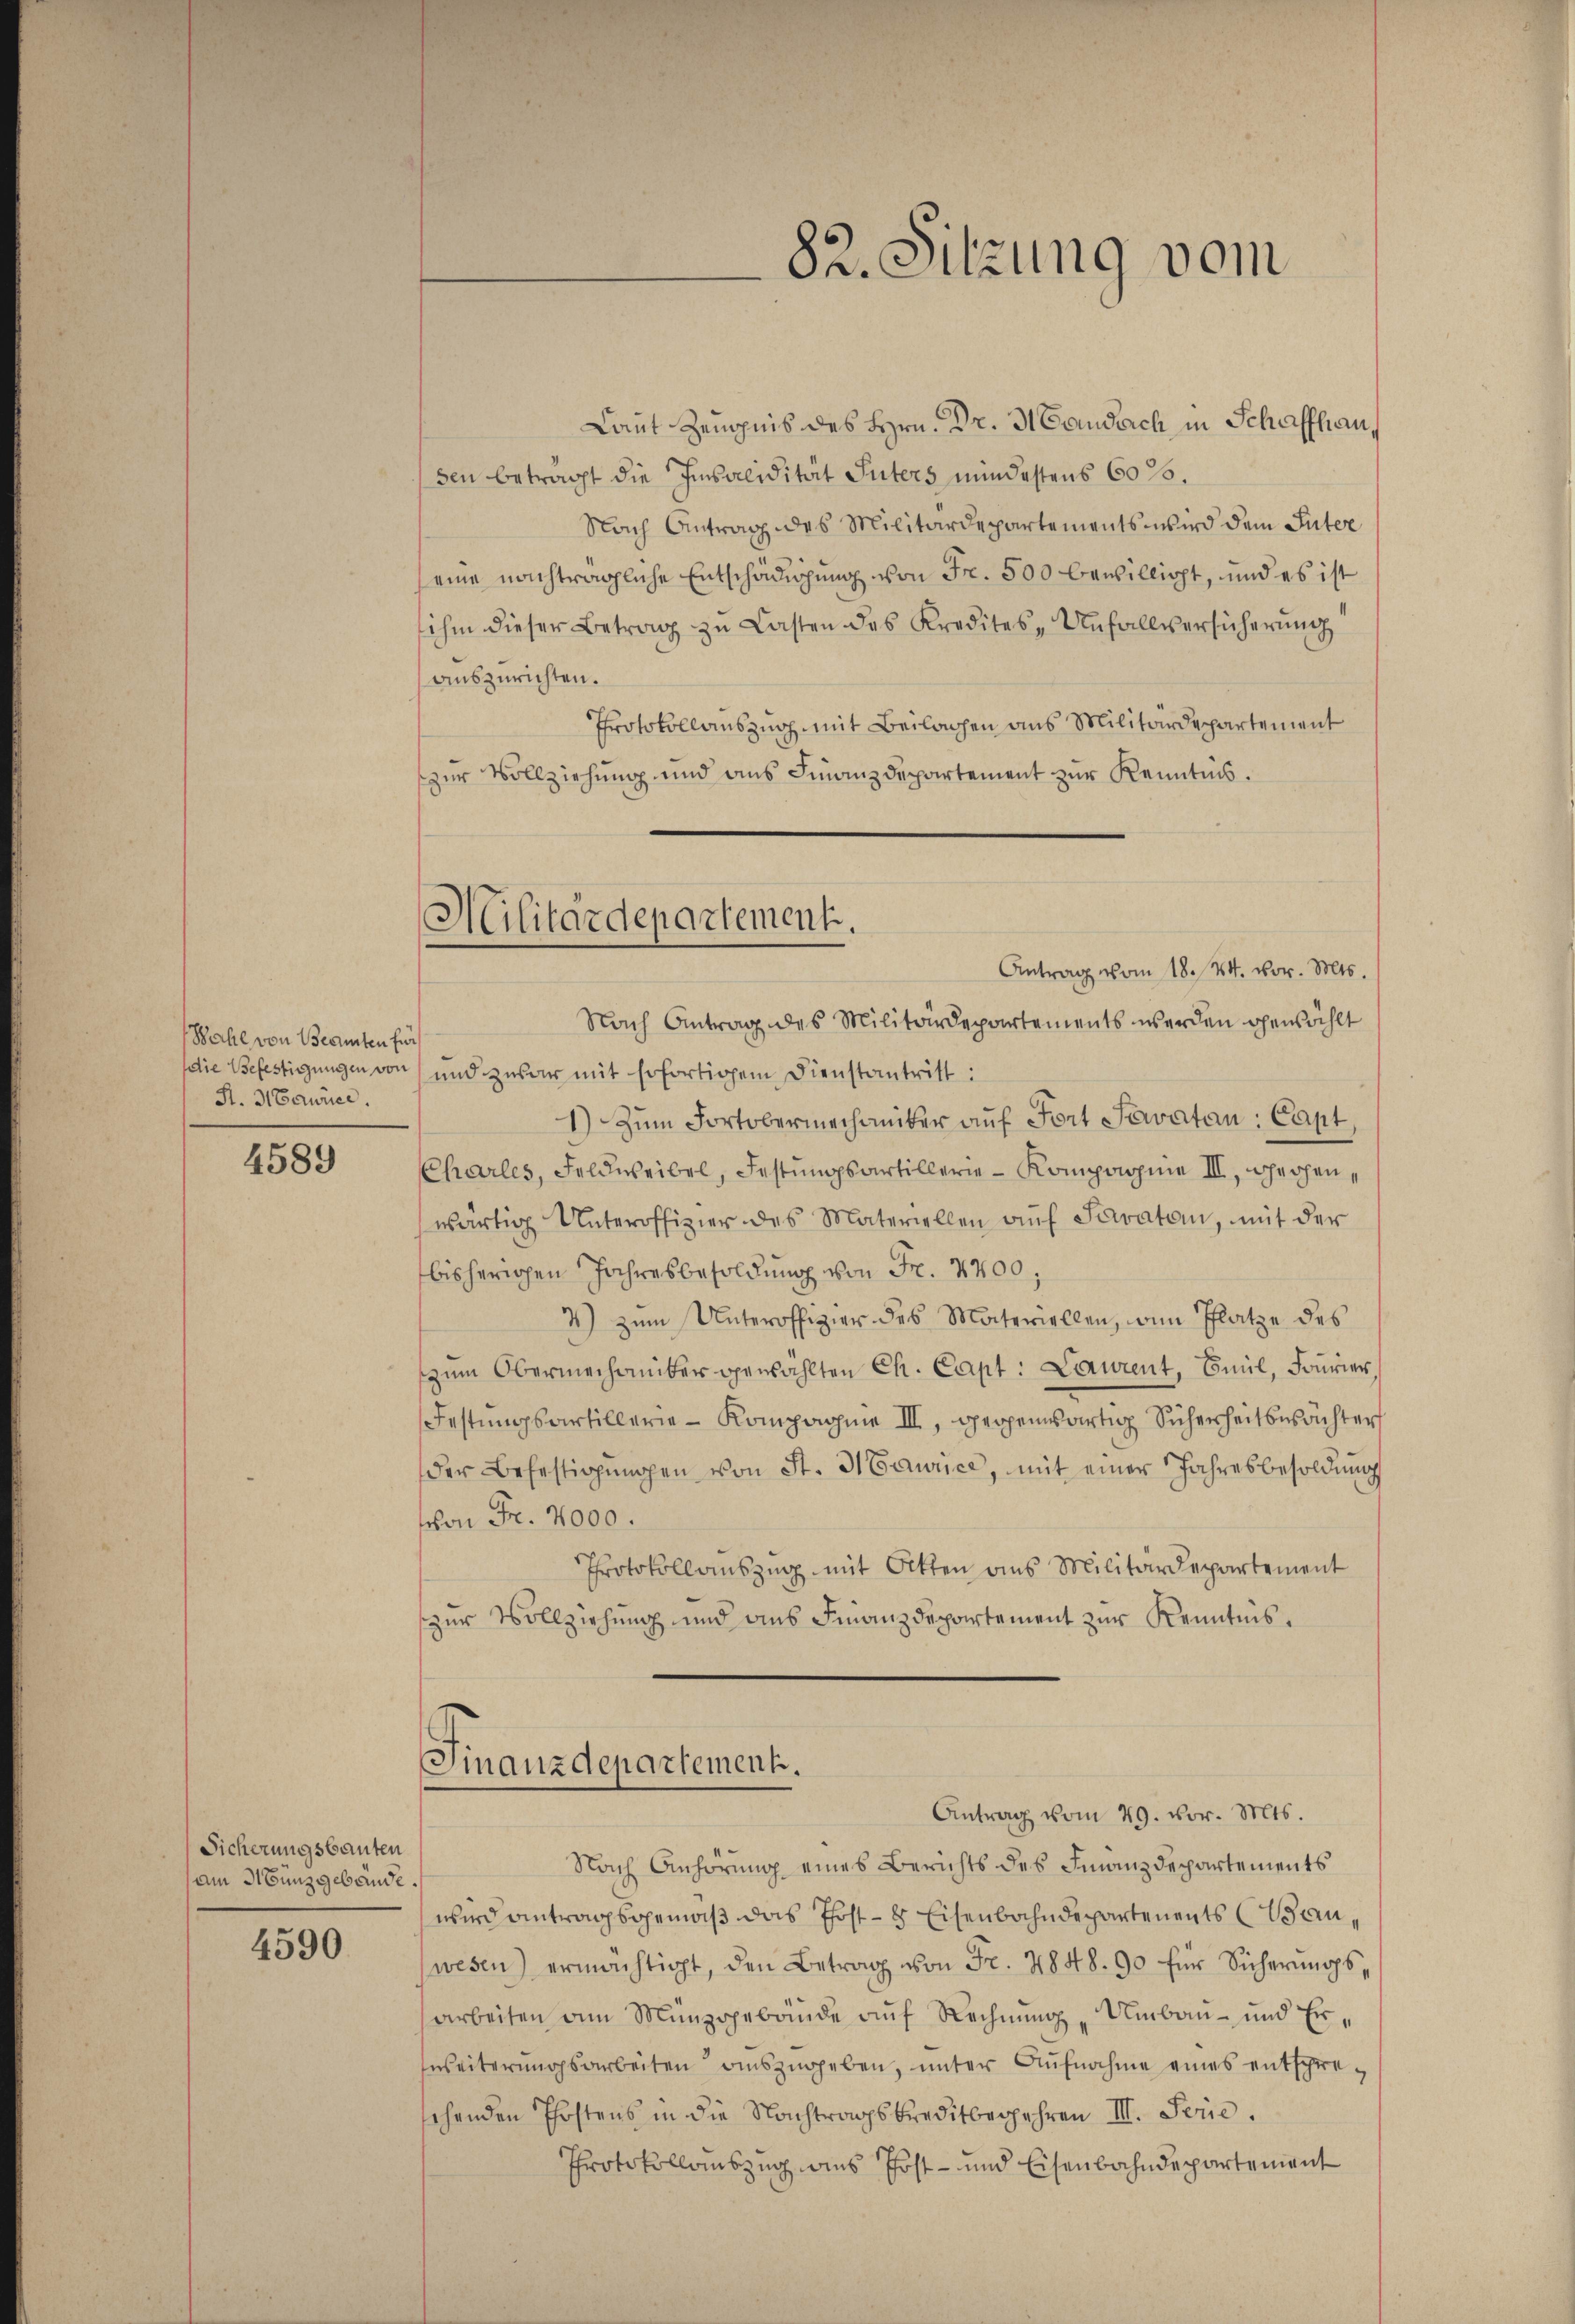
Bahl von Beamten fü
St. Maurice.

4589

Sicherungsbauten
am Münzgebunde.

4590

Militärdepartement.

Laut Zeugnis des Hrn. Dr. Handerch in Schaffhau
sen betragt die Insolidität Inters mindestens 60%.
Nach Antrag des Militärdepartements wird dem Inter
eine nachträgliche Entschädigung von Fr. 500 bewilligt, und es ist
ihm dieser Betrag zu Lasten des Kredites, Unfallversicherŭng
auszurichten.
Protokollauszug mit Beilagen aus Militärdepartement
zur Vollziehung und aus Finanzdepartement zur Kenntnis.
Antrag vom 18. 24. vor. Mts.
Nach Antrag des Militärdepartements werden gewählt
die Befestigungen von und zwar mit Erfortigem Dienstantritt:
1) Zum Fortobermechaniker auf Fort Savatan: Capt
Charles, Feldweibel, Festungsartillerie - Komprohine III, gegenwärtig Unteroffizier des Materiellen aŭf Saraten, mit der
bisherigen Jahresbesoldung von Fr. 7700,
4) zum Unteroffizier des Materiellen, von Platze des
zum Obermechaniker gewählten Ch. Capt: Laurent, Emil, Fourier,
Festungsartillerie - Kompagnie III, operpensartig Sicherheitswächter
der Befestigŭngen von St. Maurice, mit einer Jahresbesoldŭng
schon Fr. 2000.
Protokollauszug mit Otten aus Militärdepartement
zur Vollziehung und aus Finanzdepartement zur Kenntnis,
Finanzdepartement.
Antrag vom 29. vor. Mts.
Nach Anhörung eines Berichts des Finanzdepartements
wird antragsgemäß das Post - 8 Eisenbahndepartements ein
wesen) ermächtigt, den Betrag von Fr. 4848. 90 für Sicherŭngs-
arbeiten am Münzsgebäude auf Rechnung „Umbau- und Er¬
Zweiterungsarbeiten auszugeben, unter Aufnahme eines entspresehenden Postens in die Nachtragskreditbegehren III. Serie,
Protokollauszug aus Post- und Eisenbahndepartement

82. Sitzung vom